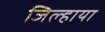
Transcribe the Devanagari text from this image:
जिल्हाया